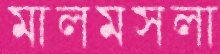
মালমসলা